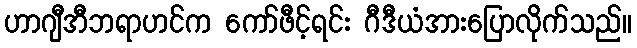
ဟာဂျီအီဘရာဟင်က ကော်ဖီင့်ရင်း ဂီဒီယံအားပြောလိုက်သည်။